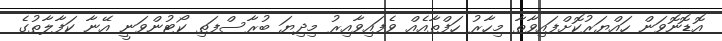
އޮޑޮނޮވަން ހައްޔަރުކޮށްފައިވާތާ މިހާރު ހަފްތާއެއް ވެފައިވާއިރު މިދިޔަ ބުރާސްފަތި ކޯޓުންވަނީ އޭނާ ކަފާލާތުގެ